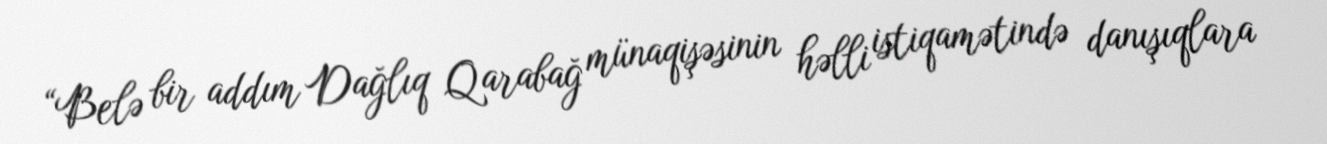
“Belə bir addım Dağlıq Qarabağ münaqişəsinin həlli istiqamətində danışıqlara